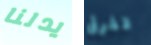
يدلنا تفرق